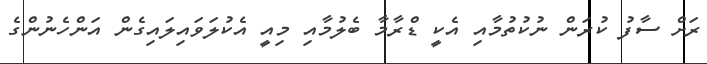
ރަށް ސާފު ކުރަން ނުކުތުމާއި އެކީ ޑްރާމާ ބެލުމާއި މިއީ އެކުލަވައިލައިގެން އަންހެނުންގެ